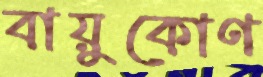
বায়ুকোণ